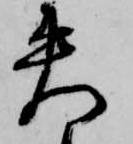
失